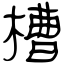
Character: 槽